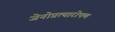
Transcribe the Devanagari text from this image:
जेनोप्रत्यारोपण